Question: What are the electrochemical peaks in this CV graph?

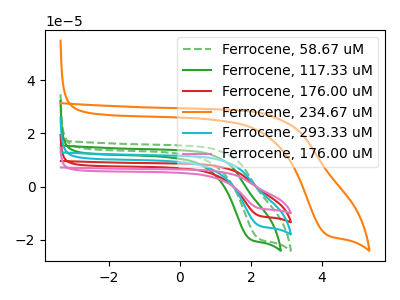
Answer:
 <answer>The green dashed curve "Ferrocene, 58.67 uM" has a cathodic peak at: (2.20V, -19.60uA). The green curve "Ferrocene, 117.33 uM" has a cathodic peak at: (1.95V, -19.80uA). The red curve "Ferrocene, 176.00 uM" has a cathodic peak at: (2.20V, -29.30uA). The orange curve "Ferrocene, 234.67 uM" has a cathodic peak at: (4.10V, -18.05uA). The cyan curve "Ferrocene, 293.33 uM" has a cathodic peak at: (2.20V, -14.65uA). The pink curve "Ferrocene, 176.00 uM" has a cathodic peak at: (2.20V, -43.95uA).</answer>
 <eval></eval>